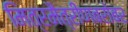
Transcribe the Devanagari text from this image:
मित्रमैत्रीणबरोबर